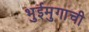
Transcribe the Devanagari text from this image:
भुईमुगाची